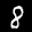
Label: 8